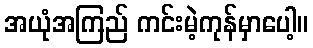
အယုံအကြည် ကင်းမဲ့ကုန်မှာပေါ့။